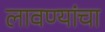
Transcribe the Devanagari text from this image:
लावण्यांचा